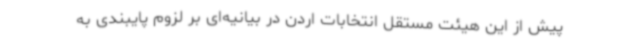
پیش از این هیئت مستقل انتخابات اردن در بیانیه‌ای بر لزوم پایبندی به